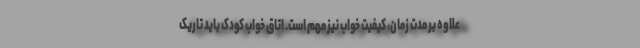
علاوه بر مدت زمان، کیفیت خواب نیز مهم است. اتاق خواب کودک باید تاریک